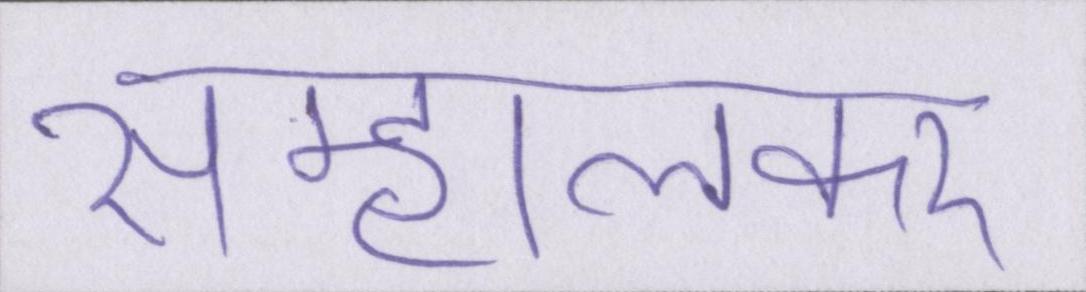
सम्हालकर